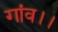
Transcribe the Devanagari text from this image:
गांव।।